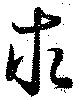
求